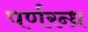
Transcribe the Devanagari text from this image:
पर्णरन्ध्र